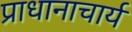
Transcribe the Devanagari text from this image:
प्राधानाचार्य